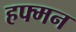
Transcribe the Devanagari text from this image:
हफ्मन